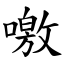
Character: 噭